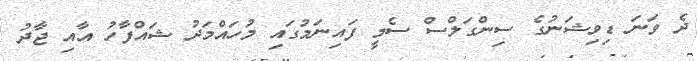
ދެ ވަނަ ޑިވިޝަނުގެ ސިންގަލްސް ސެމީ ފައިނަމުގައި މުހައްމަދު ޝައްފާހު އާއި ޖާދު